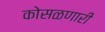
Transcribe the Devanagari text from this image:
कोसळणारी